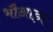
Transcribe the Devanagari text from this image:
भौआड़ा